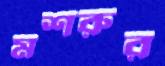
মশরুর